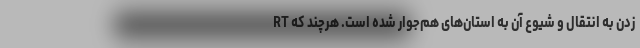
زدن به انتقال و شیوع آن به استان‌های هم‌جوار شده است. هرچند که RT